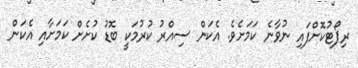
ރިޕޯޓުކޮށްފައި ނުވާނެ ކަމަށެވެ. އެކަން ސިއްރު ކުރުމަކީ ބޮޑު ކުށެށް ކަމަށާއި އެކަން